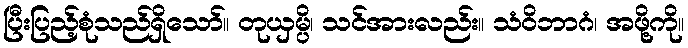
ပြီးပြည့်စုံသည်ရှိသော်။ တုယှမ္ပိ၊ သင်အားလည်း။ သံဝိဘာဂံ၊ အဖို့ကို။